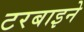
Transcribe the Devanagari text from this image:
टरबाइने